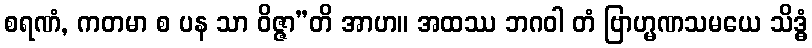
စရဏံ, ကတမာ စ ပန သာ ဝိဇ္ဇာ”တိ အာဟ။ အထဿ ဘဂဝါ တံ ဗြာဟ္မဏသမယေ သိဒ္ဓံ